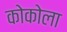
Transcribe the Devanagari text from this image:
कोकोला